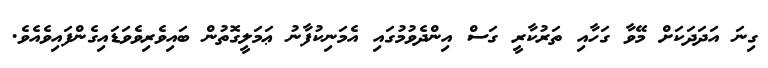
ގިނަ އަދަދަކަށް މޭވާ ގަހާއި ތަރުކާރީ ގަސް އިންދެވުމުގައި އެމަނިކުފާނު ޢަމަލީގޮތުން ބައިވެރިވެވަޑައިގެންފައިވެއެވެ.